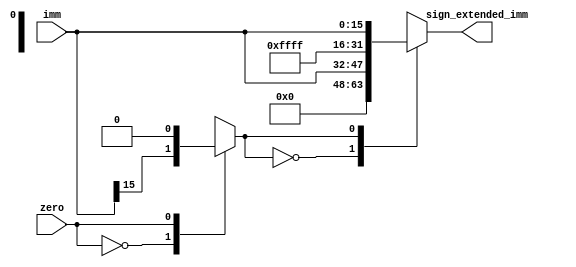
module sign_extend(imm, sign_extended_imm,zero);
input [15:0] imm;
input zero;
output reg [31:0] sign_extended_imm;
reg [15:0] temp_imm;
reg sign;

always @* begin
temp_imm = imm;
case(zero)
1'b0: sign = imm[15];
1'b1: sign = 1'b0;
endcase
case(sign)
1'b0: sign_extended_imm = {16'h0,temp_imm};
1'b1: sign_extended_imm = {16'hFFFF,temp_imm};
endcase
end
endmodule